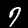
Digit: 7